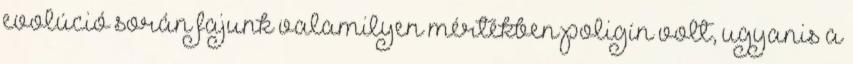
evolúció során fajunk valamilyen mértékben poligín volt, ugyanis a